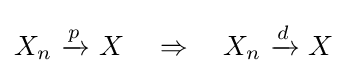
X_{n}\ {\xrightarrow {\overset {}{p}}}\ X\quad \Rightarrow \quad X_{n}\ {\xrightarrow {\overset {}{d}}}\ X